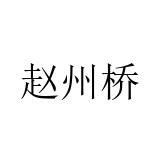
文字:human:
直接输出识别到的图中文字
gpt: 赵州桥